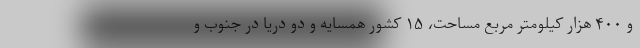
و ۴۰۰ هزار کیلومتر مربع مساحت، ۱۵ کشور همسایه و دو دریا در جنوب و